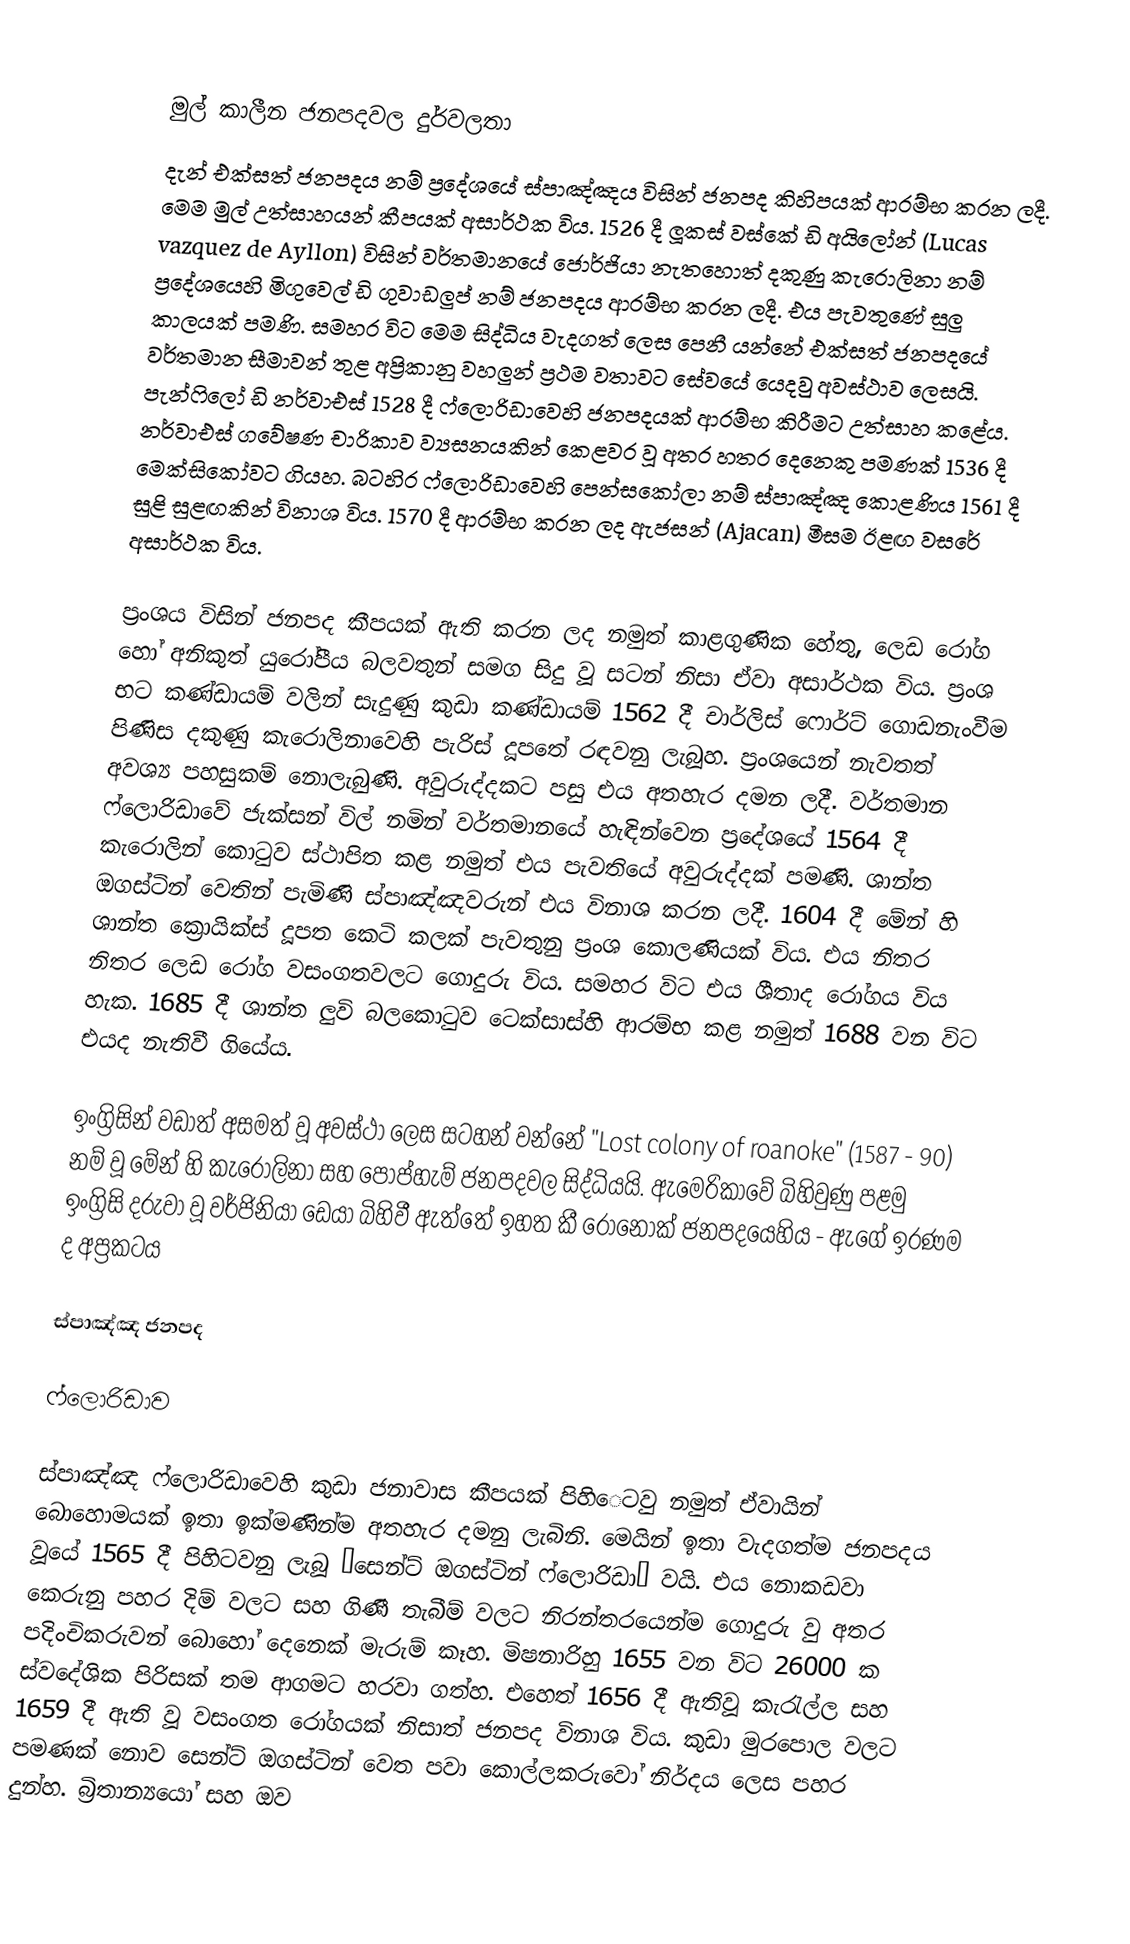

මුල් කාලීන ජනපදවල දුර්වලතා
දැන් එක්සත් ජනපදය නම් ප්‍රදේශයේ ස්පාඤ්ඤය විසින් ජනපද කිහිපයක් ආරම්භ කරන ලදී. මෙම මුල් උත්සාහයන් කීපයක් අසාර්ථක විය. 1526 දී ලූකස් වස්කේ ඩි අයිලෝන් (Lucas vazquez de Ayllon) විසින් වර්තමානයේ ජොර්ජියා නැතහොත් දකුණු කැරොලිනා නම් ප්‍රදේශයෙහි මිගුවෙල් ඩි ගුවාඩලුප් නම් ජනපදය ආරම්භ කරන ලදී. එය පැවතුණේ සුලු කාලයක් පමණි. සමහර විට මෙම සිද්ධිය වැදගත් ලෙස පෙනී යන්නේ එක්සත් ජනපදයේ වර්තමාන සීමාවන් තුළ අප්‍රිකානු වහලුන් ප්‍රථම වතාවට සේවයේ යෙදවු අවස්ථාව ලෙසයි. පැන්ෆිලෝ ඩි නර්වාඑස් 1528 දී ෆ්ලොරිඩාවෙහි ජනපදයක් ආරම්භ කිරීමට උත්සාහ කළේය. නර්වාඑස් ගවේෂණ චාරිකාව ව්‍යසනයකින් කෙළවර වූ අතර හතර දෙනෙකු පමණක් 1536 දී මෙක්සිකෝවට ගියහ. බටහිර ෆ්ලොරිඩාවෙහි පෙන්සකෝලා නම් ස්පාඤ්ඤ කොළණිය 1561 දී සුළි සුළඟකින් විනාශ විය. 1570 දී ආරම්භ කරන ලද ඇජසන් (Ajacan) මීසම ඊළඟ වසරේ අසාර්ථක විය.

ප්‍රංශය විසින් ජනපද කීපයක් ඇති කරන ලද නමුත් කාළගුණික හේතු, ලෙඩ රෝග හෝ අනිකුත් යුරෝපීය බලවතුන් සමග සිදු වූ සටන් නිසා ඒවා අසාර්ථක විය. ප්‍රංශ භට කණ්ඩායම් වලින් සැදුණු කුඩා කණ්ඩායම් 1562 දී චාර්ලිස් ෆොර්ට් ගොඩනැංවීම පිණිස දකුණු කැරොලිනාවෙහි පැරිස් දූපතේ රඳවනු ලැබූහ. ප්‍රංශයෙන් නැවතත් අවශ්‍ය පහසුකම් නොලැබුණි. අවුරුද්දකට පසු එය අතහැර දමන ලදී. වර්තමාන ෆ්ලොරිඩාවේ ජැක්සන් විල් නමින් වර්තමානයේ හැඳින්වෙන ප්‍රදේශයේ 1564 දී කැරොලින් කොටුව ස්ථාපිත කළ නමුත් එය පැවතියේ අවුරුද්දක් පමණි. ශාන්ත ඔගස්ටින් වෙතින් පැමිණි ස්පාඤ්ඤවරුන් එය විනාශ කරන ලදී. 1604 දී මේන් හි ශාන්ත ක්‍රොයික්ස් දූපත කෙටි කලක් පැවතුනු ප්‍රංශ කොලණියක් විය. එය නිතර නිතර ලෙඩ රෝග වසංගතවලට ගොදුරු විය. සමහර විට එය ශීතාද රෝගය විය හැක. 1685 දී ශාන්ත ලුවි බලකොටුව ටෙක්සාස්හි ආරම්භ කළ නමුත් 1688 වන විට එයද නැතිවී ගියේය.

ඉංග්‍රිසින් වඩාත් අසමත් වූ අවස්ථා ලෙස සටහන් වන්නේ "Lost colony of roanoke" (1587 - 90) නම් වූ මේන් හි කැරොලිනා සහ පොප්හැම් ජනපදවල සිද්ධියයි. ඇමෙරිකාවේ බිහිවුණු පළමු ඉංග්‍රිසි දරුවා වූ වර්ජිනියා ඩෙයා බිහිවී ඇත්තේ ඉහත කී රොනොක් ජනපදයෙහිය - ඇගේ ඉරණම ද අප්‍රකටය

ස්පාඤ්ඤ ජනපද

ෆ්ලොරිඩාව

ස්පාඤ්ඤ ෆ්ලොරිඩාවෙහි කුඩා ජනාවාස කීපයක් පිහි‍ෙටවු නමුත් ඒවායින් බොහොමයක් ඉතා ඉක්මණින්ම අතහැර දමනු ලැබිනි. මෙයින් ඉතා වැදගත්ම ජනපදය වූයේ 1565 දී පිහිටවනු ලැබූ “සෙන්ට් ඔගස්ටින් ෆ්ලොරිඩා” වයි. එය නොකඩවා කෙරුනු පහර දිම් වලට සහ ගිණී තැබීම් වලට නිරන්තරයෙන්ම ගොදුරු වු අතර පදිංචිකරුවන් බොහෝ දෙනෙක් මැරුම් කෑහ. මිෂනාරිහු 1655 වන විට 26000 ක ස්වදේශික පිරිසක් තම ආගමට හරවා ගත්හ. එහෙත් 1656 දී ඇතිවූ කැරැල්ල සහ 1659 දී ඇති වූ වසංගත රෝගයක් නිසාත් ජනපද විනාශ විය. කුඩා මුරපොල වලට පමණක් නොව සෙන්ට් ඔගස්ටින් වෙත පවා කොල්ලකරුවෝ නිර්දය ලෙස පහර දුන්හ. බ්‍රිතාන්‍යයෝ සහ ඔව